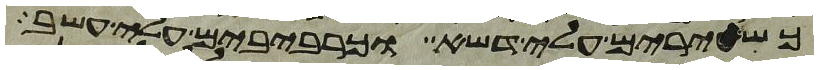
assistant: כשעירים עלי דשא וכרביבים עלי עשב